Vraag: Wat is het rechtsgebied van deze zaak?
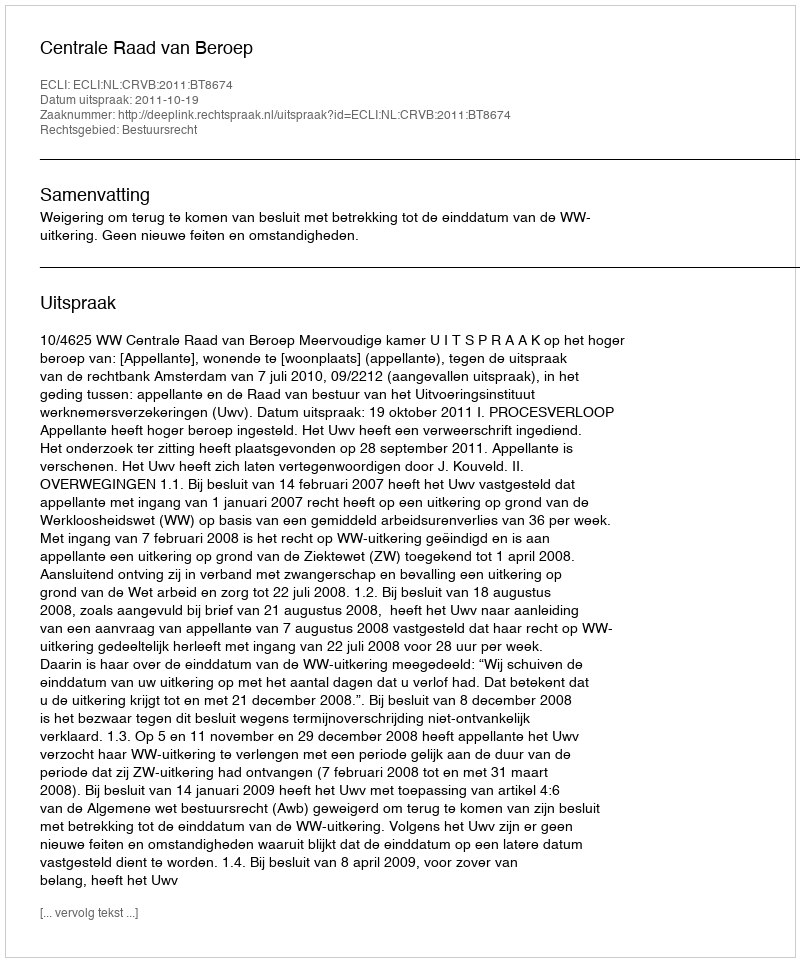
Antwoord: Bestuursrecht